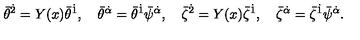
{ \bar { \theta } } ^ { \dot { 2 } } = Y ( x ) { \bar { \theta } } ^ { \dot { 1 } } , \quad { \bar { \theta } } ^ { \dot { \alpha } } = { \bar { \theta } } ^ { \dot { 1 } } { \bar { \psi } } ^ { \dot { \alpha } } , \quad { \bar { \zeta } } ^ { \dot { 2 } } = Y ( x ) { \bar { \zeta } } ^ { \dot { 1 } } , \quad { \bar { \zeta } } ^ { \dot { \alpha } } = { \bar { \zeta } } ^ { \dot { 1 } } { \bar { \psi } } ^ { \dot { \alpha } } .